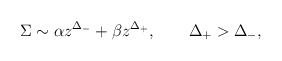
\begin{align*}\Sigma\sim \alpha z^{\Delta_-} + \beta z^{\Delta_+}, \qquad \Delta_+>\Delta_-,\end{align*}